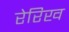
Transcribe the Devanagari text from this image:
रेरिख